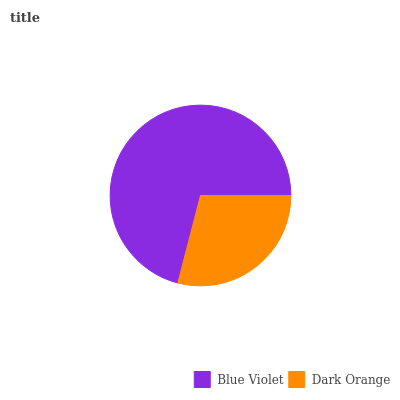
| Blue Violet | Dark Orange |
 | --- | --- |
 | 71% | 29% |